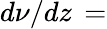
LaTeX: d\nu/dz\, =